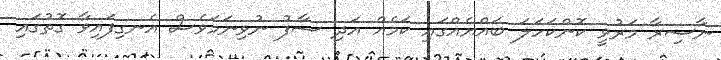
ނާސިރާ މަރުވީ ކޮންކަހަލަ ބައްޔެއްގައި ކަމެއް އަދި ސާފު ނުވިނަމަވެސް އެނގިފައިވާ ގޮތުގައި